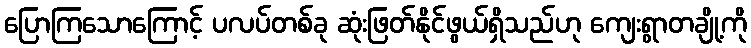
ပြောကြသောကြောင့် ပလပ်တစ်ခု ဆုံးဖြတ်နိုင်ဖွယ်ရှိသည်ဟု ကျေးရွာတချို့ကို